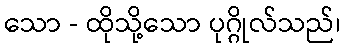
သော - ထိုသို့သော ပုဂ္ဂိုလ်သည်၊